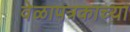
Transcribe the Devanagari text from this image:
वेळापत्रकाच्या